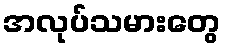
အလုပ်သမားတွေ